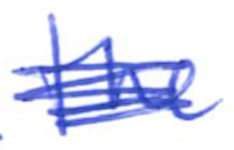
Text: the
Cross-out: scratch
Writing tool: ballpoint